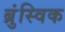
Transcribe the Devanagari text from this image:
ब्रुंस्विक